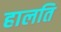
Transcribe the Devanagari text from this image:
हालति